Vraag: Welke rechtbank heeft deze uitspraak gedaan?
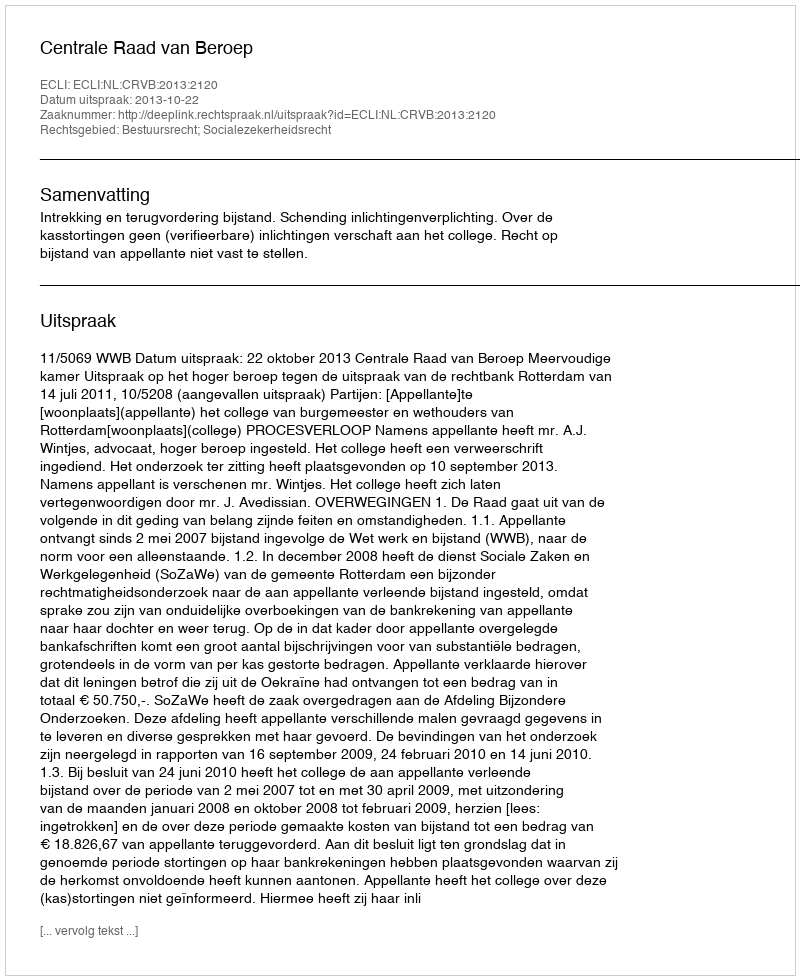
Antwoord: Centrale Raad van Beroep